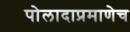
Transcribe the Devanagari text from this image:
पोलादाप्रमाणेच